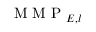
\mathrm { ~ M ~ M ~ P ~ } _ { { \cal E } , l }